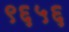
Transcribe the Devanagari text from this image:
९६५६